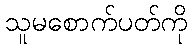
သူမစောက်ပတ်ကို